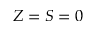
Z = S = 0